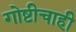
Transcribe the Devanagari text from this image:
गोष्टीचाही